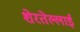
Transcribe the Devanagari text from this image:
शेरतेल्लाई